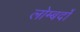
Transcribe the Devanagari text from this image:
लोम्बर्दो